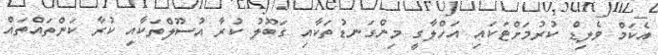
އެކަމް ވެލިޑް ކުރުމަށްޓަކައި އަހްލާގީ މިންގަނޑުތަކާއި ގަބޫލު ކުރާ އުސޫލްތަކާއި ކުރާ ކަންތައްތައް